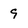
Character: 9